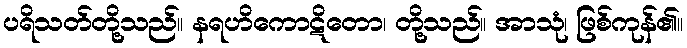
ပရိသတ်တို့သည်။ နရဟိကောဋိတော၊ တို့သည်။ အာသုံ၊ ဖြစ်ကုန်၏။